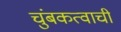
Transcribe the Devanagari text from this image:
चुंबकत्वाची